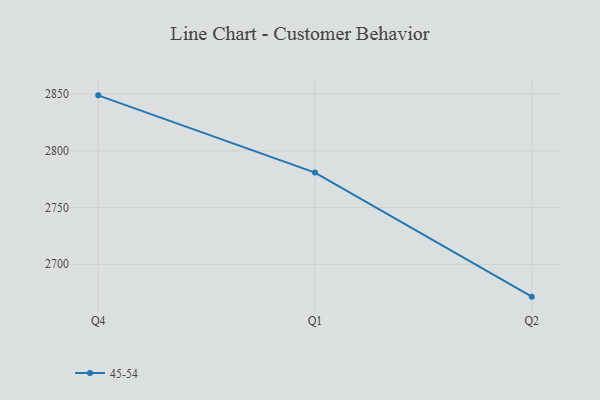
{"axis": {"x": "Quarter", "y": "Latency (ms)"}, "legend": ["45-54"], "data": [{"x": "Q4", "y": 2848.8, "type": "45-54"}, {"x": "Q1", "y": 2780.8, "type": "45-54"}, {"x": "Q2", "y": 2671.5, "type": "45-54"}]}